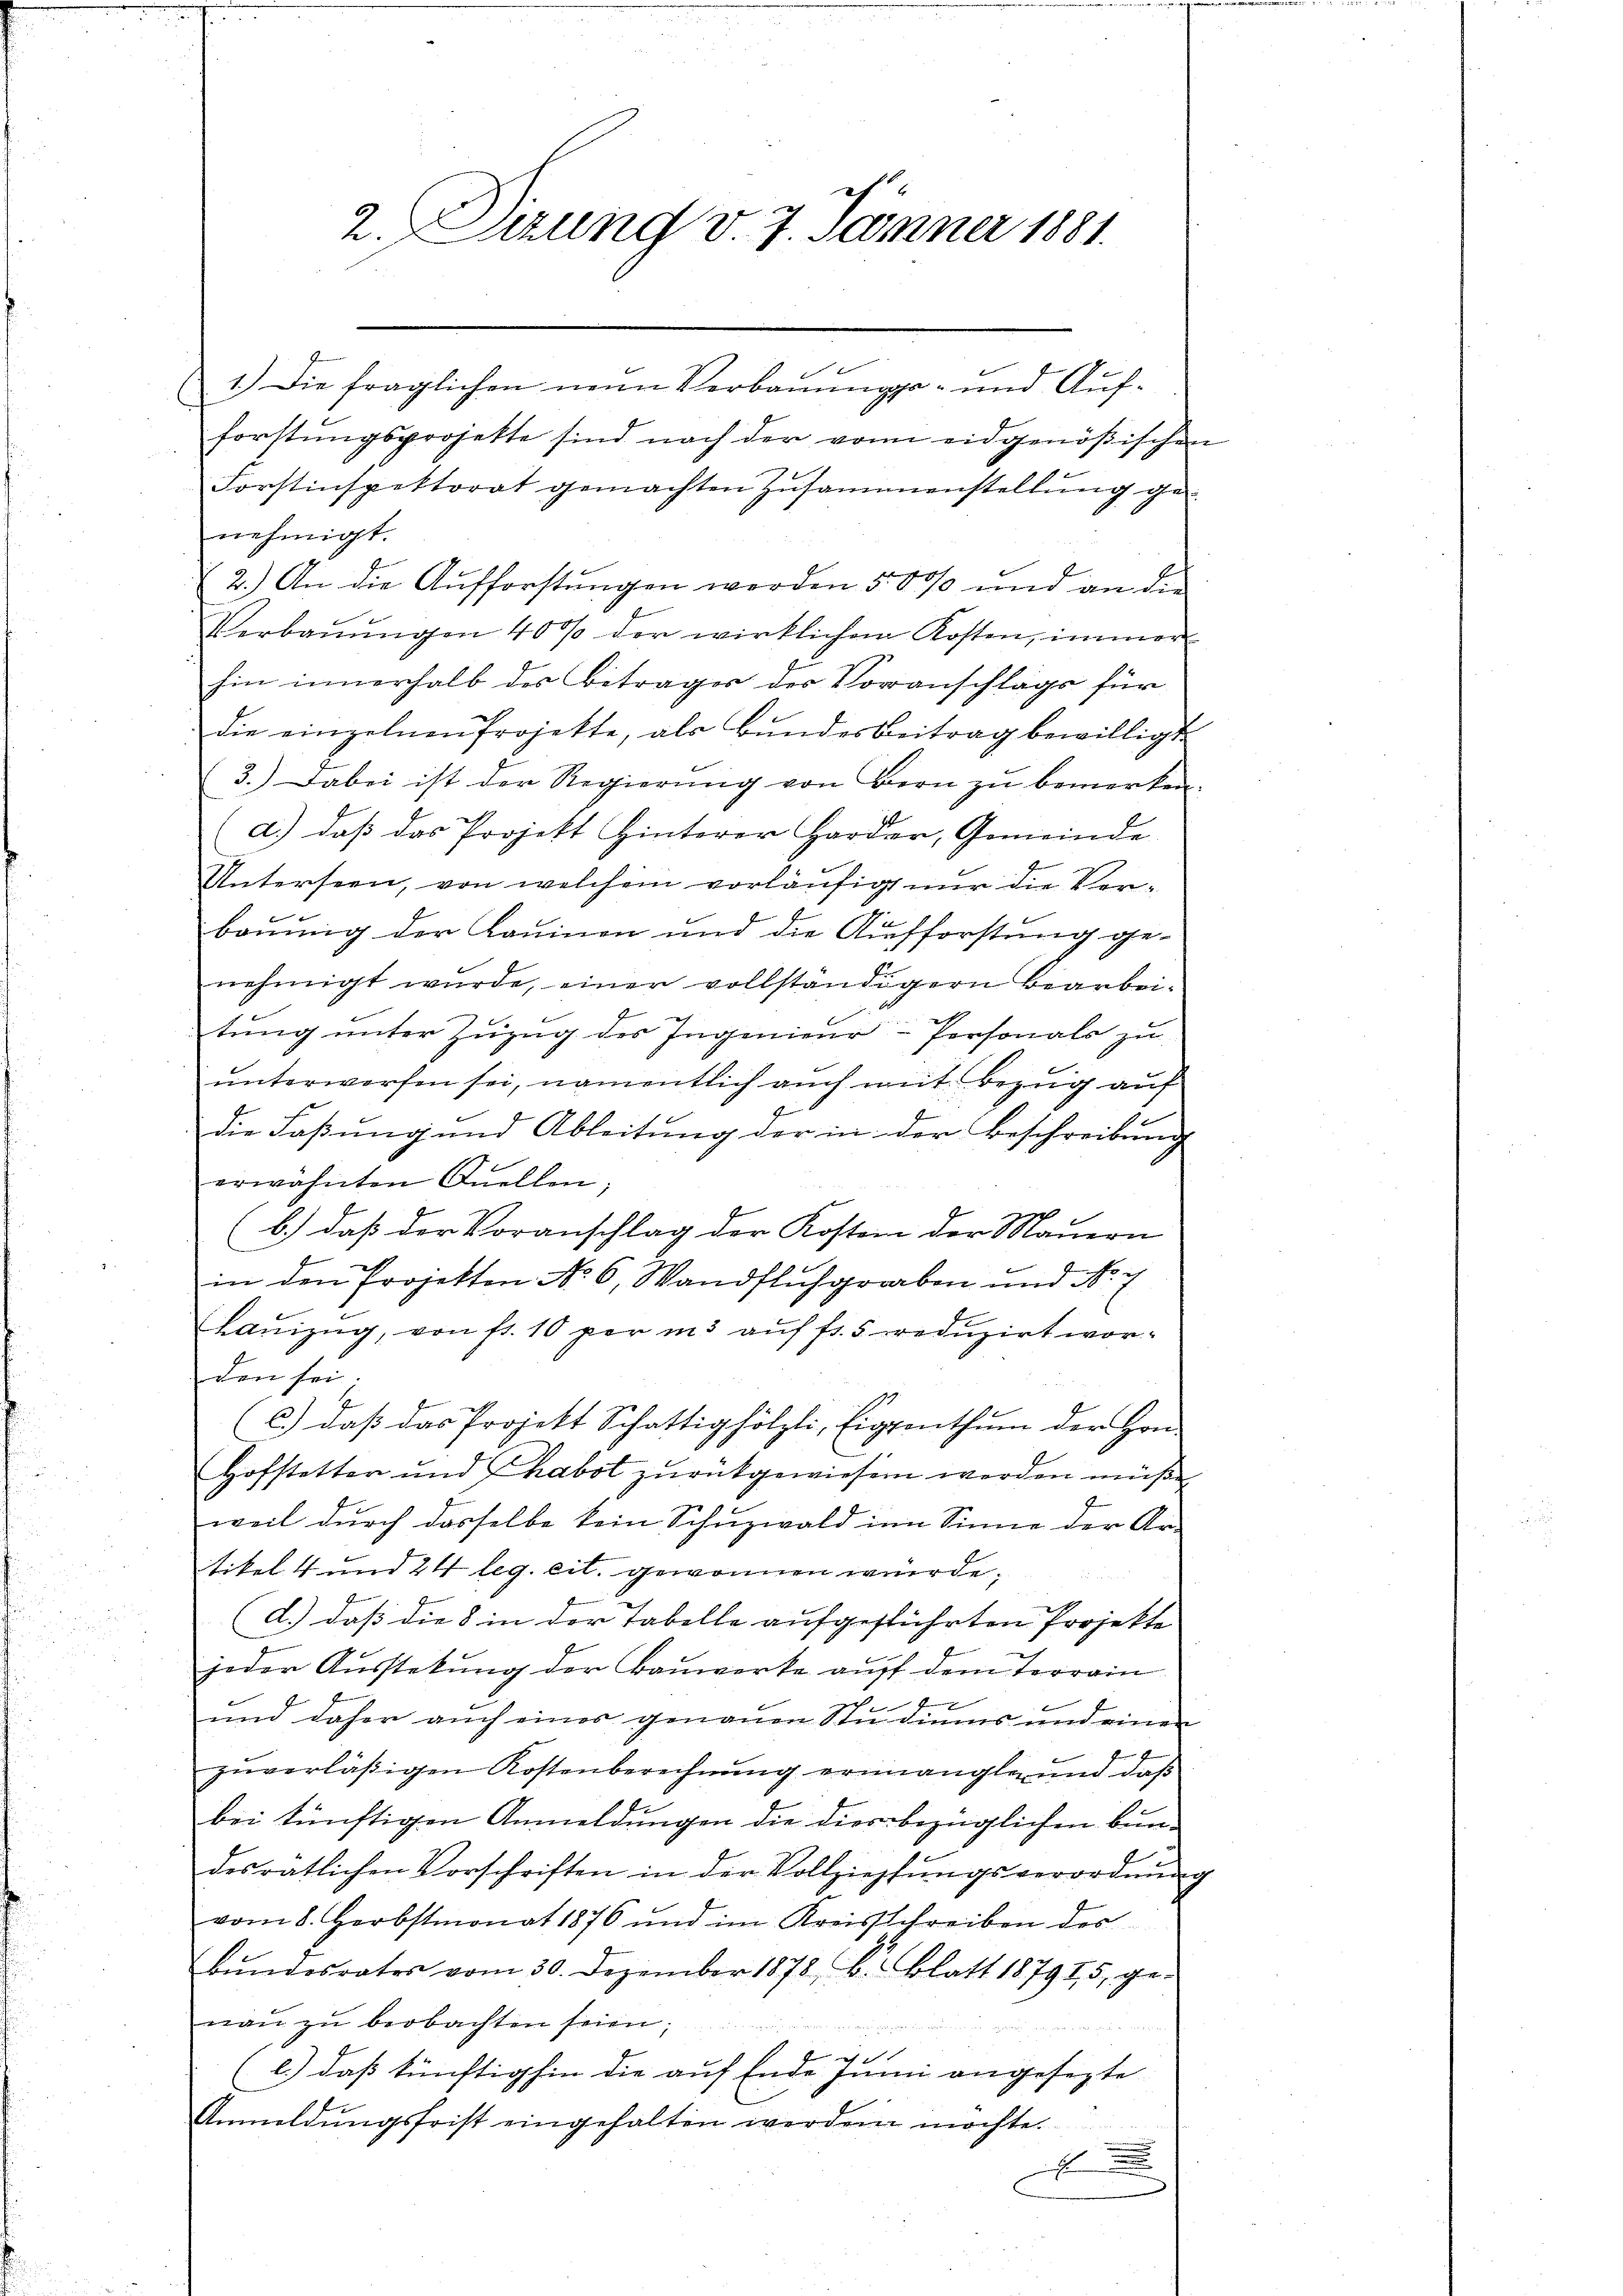
2. Sitzung v. 7. Jänner 1881.

1.) Die fraglichen neun Verbaŭŭngs- und Aŭf-
forstungsprojekte sind nach der von eidgenößischen
Forstinspektorat gemachten Zusammenstellung genehmigt.
2.) An die Aufforstŭngen werden 5000 und an die
Verbaŭŭngen 40% der wirklichen Kosten, immer
hin innerhalb des Betrages der Voranschlägs für
die einzelnen Projekte, als Bŭndesbeitrag bewilligt.
3.) Dabei ist der Regierŭng von Bern zu bemerken.
d.) daß das Projekt Hinterer Harder, Gemeinde
Unterseen, von welchem vorläufig nur die Verbaŭŭng der Kaninon und die Aufforstŭng ge-
nehmigt wurde, einer vollständigern Bearbeitung unter Zŭzŭg des Ingenieur-Personals zu
unterwerfen sei, namentlich auch mit Bezug auf
7
die Faßung und Ableitung der in der Beschreibung
erwähnten Quellen;
t
(b.) daß der Voranschlag der Kosten der Mauern
n
in den Projekten No. 6, Wandfluhgraben und No. 7
Laŭszŭg, von fr. 10 per in 3 aŭf fr. 5 redŭzirt worden sei
(c.) daß das Projekt Schattighölzli, Eigenthŭm der Hon-
Hofstetter und Chabot zŭrückgewiesen werden müße
weil durch dasselbe kein Schuzwald im Sinne der Ar-
tikel 4 und 24 leg. cit. gewonnen wurde;
d.) daß die 8 in der Tabelle aufgeführten Projekte
jeder Aŭsstekŭng der Bauwerke aŭf dem Terrain
und daher aŭch einer genaŭen Stŭdiŭms und einen
zuverläßigen Kostenberechnung ermangle und daß
bei künftigen Anmeldungen die diesbezüglichen Bundesratlichen Vorschriften in der Vollziehungsverordnung
vom 8. Herbstmonat 1876 und im Kreisschreiben des
bŭndesrates vom 30. Dezember 1878, B. Blatt 187915, ge-
nau zu beobachten seien;
e
l.) das künftighin die auf Ende Juni angesezte
Anmeldŭngsfrist eingehalten werden möchte.
f